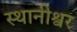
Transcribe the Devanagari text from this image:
स्थानीश्वर